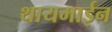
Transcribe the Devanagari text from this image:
थायमाईन